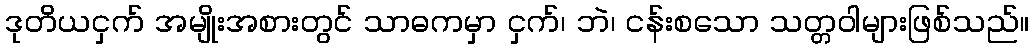
ဒုတိယငှက် အမျိုးအစားတွင် သာဓကမှာ ငှက်၊ ဘဲ၊ ငန်းစသော သတ္တဝါများဖြစ်သည်။